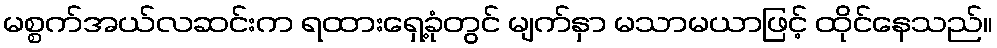
မစ္စက်အယ်လဆင်းက ရထားရှေ့ခုံတွင် မျက်နှာ မသာမယာဖြင့် ထိုင်နေသည်။